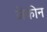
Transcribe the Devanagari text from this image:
जेफीन